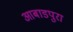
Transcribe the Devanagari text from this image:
आबाडपुरा